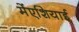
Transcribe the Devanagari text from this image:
मेंएशियाई